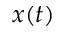
x ( t )